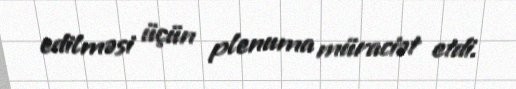
edilməsi üçün plenuma müraciət etdi.